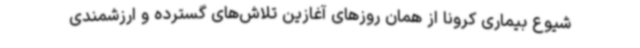
شیوع بیماری کرونا از همان روزهای آغازین تلاش‌های گسترده و ارزشمندی